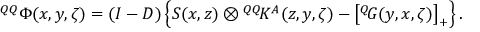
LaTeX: { ^ { Q Q } { \mit \Phi } } ( x , y , \zeta ) = ( { \cal I } - { \cal D } ) \left\{ S ( x , z ) \otimes { ^ { Q Q } \! K ^ { A } } ( z , y , \zeta ) - \left[ { ^ { Q } \! G } ( y , x , \zeta ) \right] _ { + } \right\} .